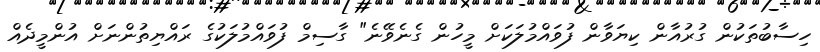
ހިސާބުތަކުން ގުރުއާން ކިޔަވާން ފުވައްމުލަކަށް މީހުން ގެނެވޭނެ" ގާސިމް ފުވައްމުލަކުގެ ރައްޔިތުންނަށް އުންމީދެއް